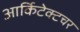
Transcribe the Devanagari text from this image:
आर्किटेक्टचर